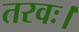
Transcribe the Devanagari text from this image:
तरवः।